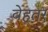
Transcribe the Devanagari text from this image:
वेहतर